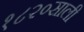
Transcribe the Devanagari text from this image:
१८२०साली